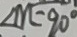
\angle m = 9 0 ^ { \circ }